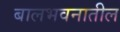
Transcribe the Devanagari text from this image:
बालभवनातील